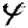
Digit: 4